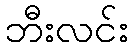
ဘီးလင်း